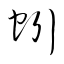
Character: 蚓